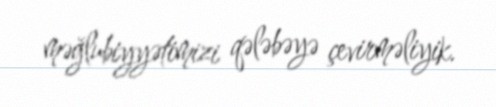
məğlubiyyətimizi qələbəyə çevirməliyik.